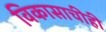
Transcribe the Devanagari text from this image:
विकासाचीही